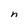
Character: n